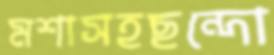
মশাসহছন্দো